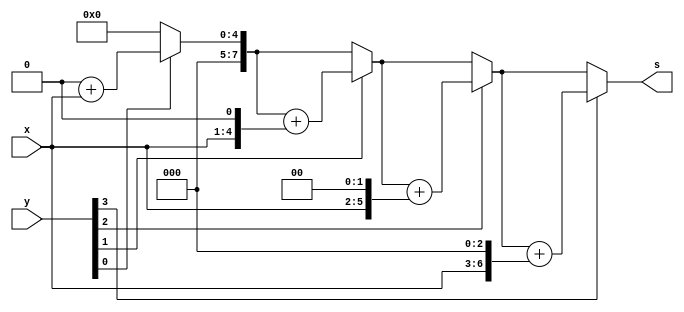
module shiftandadd(
    input [3:0] x,
    input [3:0] y,
    output reg [7:0] s
);

reg [7:0] temp;
integer i;

always @(x,y)
begin
s=0;
temp=0;
temp[3:0] = x;
for(i=0;i<4;i=i+1)
begin 
if(y[i]==1'b1) s=s+temp;

temp=temp <<1;
end

end
endmodule